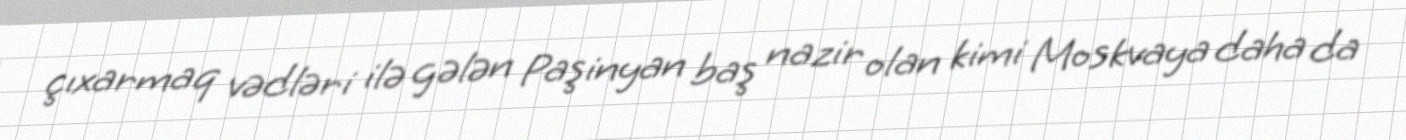
çıxarmaq vədləri ilə gələn Paşinyan baş nazir olan kimi Moskvaya daha da